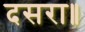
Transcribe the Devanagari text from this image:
दसरा॥